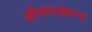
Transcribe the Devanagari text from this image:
औषधज्ञान